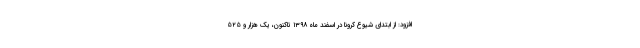
افزود: از ابتدای شیوع کرونا در اسفند ماه ۱۳۹۸ تاکنون، یک هزار و ۵۲۵